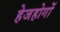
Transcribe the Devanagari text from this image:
हेजहोगों